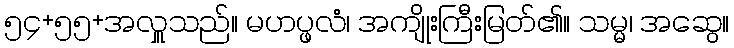
၅၄+၅၅+အလှူသည်။ မဟပ္ဖလံ၊ အကျိုးကြီးမြတ်၏။ သမ္မ၊ အဆွေ။